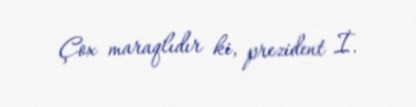
Çox maraqlıdır ki, prezident İ.